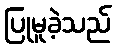
ပြုမူခဲ့သည်